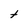
Character: t